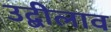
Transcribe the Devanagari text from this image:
उद्बीलाव